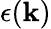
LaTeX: \epsilon(\mathbf{k})